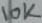
Text: 10K